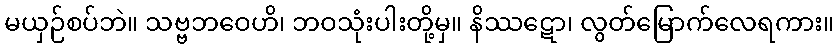
မယှဉ်စပ်ဘဲ။ သဗ္ဗဘဝေဟိ၊ ဘဝသုံးပါးတို့မှ။ နိဿဋော၊ လွတ်မြောက်လေရကား။